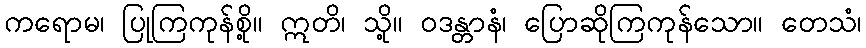
ကရောမ၊ ပြုကြကုန်စို့။ ဣတိ၊ သို့။ ဝဒန္တာနံ၊ ပြောဆိုကြကုန်သော။ တေသံ၊